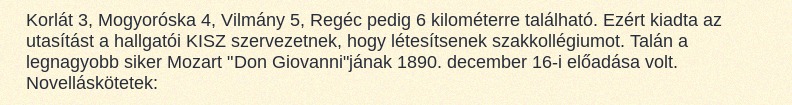
Korlát 3, Mogyoróska 4, Vilmány 5, Regéc pedig 6 kilométerre található. Ezért kiadta az utasítást a hallgatói KISZ szervezetnek, hogy létesítsenek szakkollégiumot. Talán a legnagyobb siker Mozart "Don Giovanni"jának 1890. december 16-i előadása volt. Novelláskötetek: